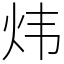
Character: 炜